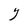
Character: Y